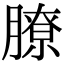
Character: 膫